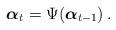
LaTeX: \begin{align*} \boldsymbol{\alpha}_t = \Psi(\boldsymbol{\alpha}_{t-1}) \,.\end{align*}